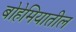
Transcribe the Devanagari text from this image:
बोहेमियातील